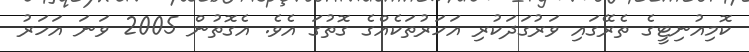
ކޮމިއުނިޓީގެ ތެރޭގައި ވަރުގަދަކުރި އަހަރުތަކެއްގެ ގޮތުގަ އެވެ. އެގޮތުން 2005 ވަނަ އަހަރު